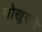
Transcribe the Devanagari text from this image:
गोखुरनि